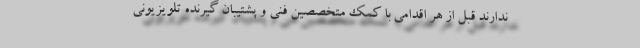
ندارند قبل از هر اقدامی با کمک متخصصین فنی و پشتیبان گیرنده تلویزیونی